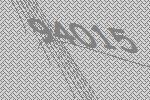
94015